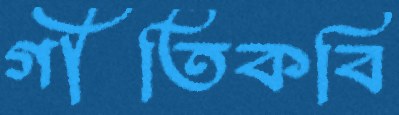
গীতিকবি